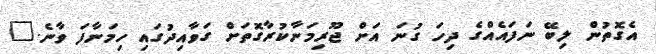
އެގޮތުން ލިބޭ ނަފައެއްގެ ދިހަ ގުނަ އަށް ޖޫރިމަނާކުރާގޮތަށް ގަވާއިދުގައި ހިމަނާފަ ވާނެ."